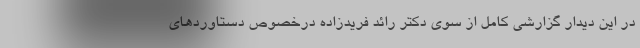
در این دیدار گزارشی کامل از سوی دکتر رائد فریدزاده درخصوص دستاوردهای